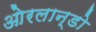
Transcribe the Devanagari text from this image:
ओरलान्डो